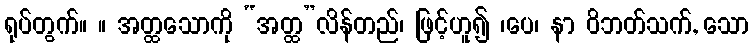
ရုပ်တွက်။ ။ အတ္ထသောကို “အတ္ထ”လိန်တည်၊ ဖြင့်ဟူ၍ ၊ပေ၊ နာ ဝိဘတ်သက်, သော